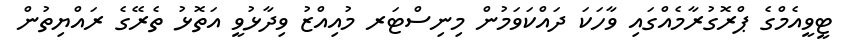
ޓީވީއެމްގެ ޕްރޮގުރާމެެއްގައި ވާހަކަ ދައްކަވަމުން މިނިސްޓަރ މުއިއްޒު ވިދާޅުވީ އަތޮޅު ތެރޭގެ ރައްޔިތުން